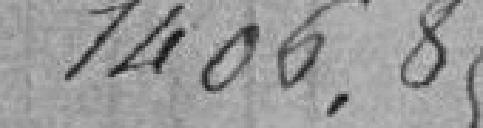
1406.85